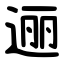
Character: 逦